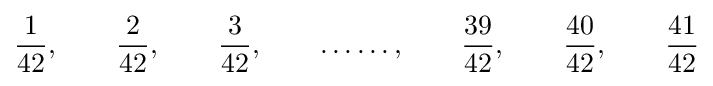
{\frac {1}{42}},\qquad {\frac {2}{42}},\qquad {\frac {3}{42}},\qquad \dots \dots ,\qquad {\frac {39}{42}},\qquad {\frac {40}{42}},\qquad {\frac {41}{42}}